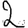
Digit: 2